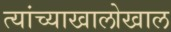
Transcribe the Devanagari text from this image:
त्यांच्याखालोखाल